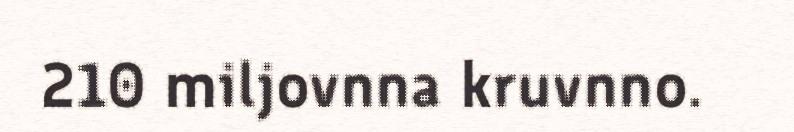
210 miljovnna kruvnno.